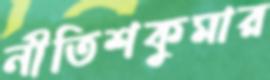
নীতিশকুমার